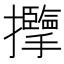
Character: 𱡏